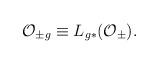
LaTeX: \begin{align*}{\cal O}_{\pm g} \equiv L_{g*}({\cal O}_\pm).\end{align*}